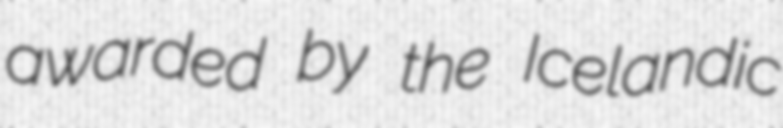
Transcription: awarded by the Icelandic